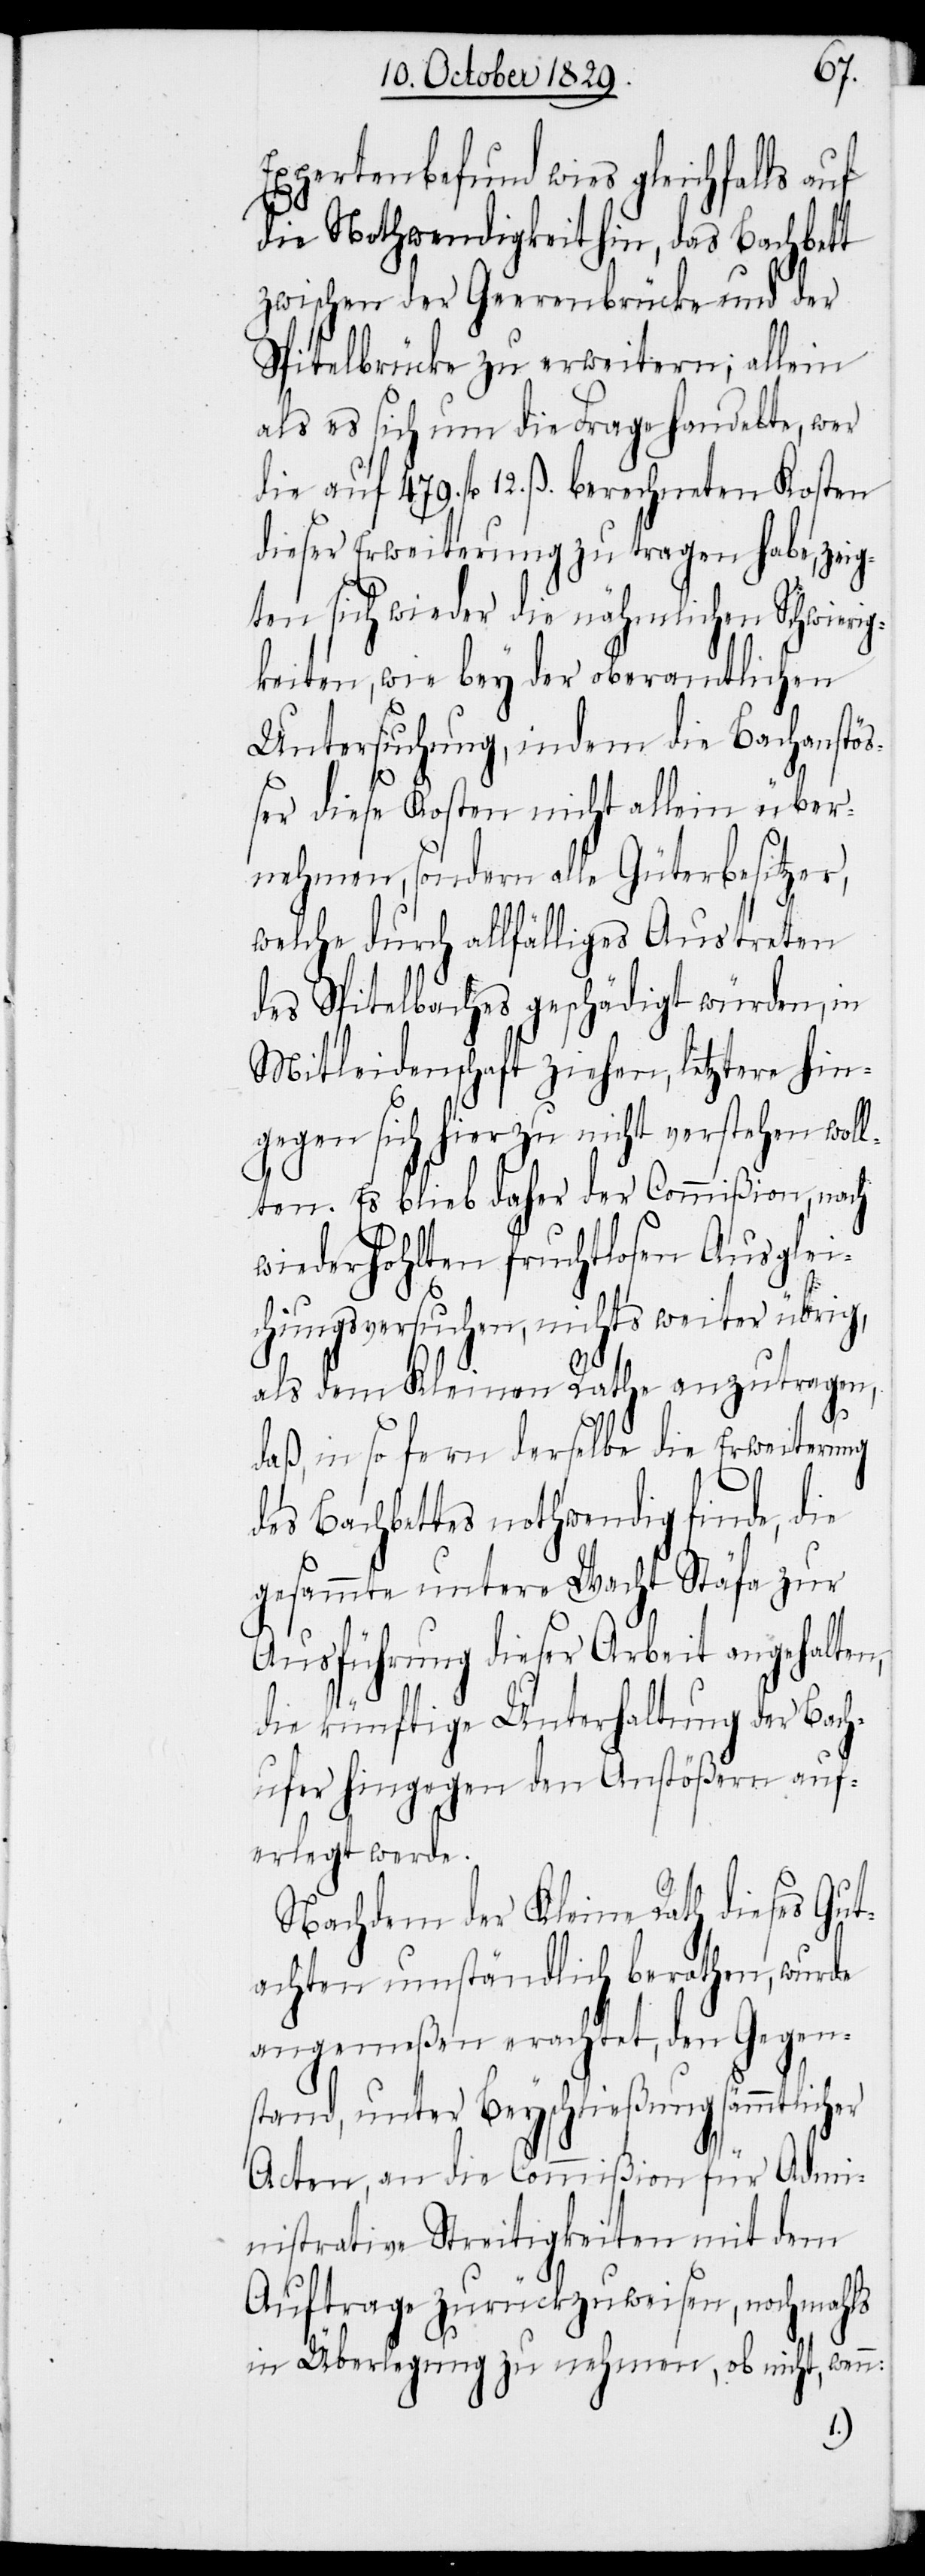
Expertenbefund wies gleichfalls
die Nothwendigkeit hin, das Bachbett
zwischen der Geerenbrücke und der
Spitelbrücke zu erweitern; allein
als es sich um die Frage handelte, wer
die auf 479. fl 12. ß. berechneten Kosten
dieser Erweiterung zu tragen habe, zeig¬
ten sich wieder die nähmlichen Schwieri¬
gkeiten, wie bey der oberamtlichen
Untersuchung, indem die Bachanstö¬
ßer diese Kosten nicht allein über¬
nehmen, sondern alle Güterbesitzer,
welche durch allfälliges Austreten
des Spitelbaches geschädigt würden, in
Mitleidenschaft ziehen, letztere hin¬
gegen sich hierzu nicht verstehen woll¬
ten. Es blieb daher der Commißion, nach
wiederholten fruchtlosen Ausglei¬
chungsversuchen, nichts weiter übrig,
als dem Kleinen Rathe anzutragen,
daß, in so fern derselbe die Erweiterung
des Bachbettes nothwendig finde, die
gesammte untere Wacht Stäfa zur
Ausführung dieser Arbeit angehalten,
die künftige Unterhaltung der Bach¬
ufer hingegen den Anstößern auf¬
erlegt werde.
Nachdem der Kleine Rath dieses Gut¬
achten umständlich berathen, wurde
angemeßen erachtet, den Gegen¬
stand, unter Beyschließung sämmtlich¬
Acten, an die Commißion für admi¬
nistrative Streitigkeiten mit dem
Auftrage zurückzuweisen, nochmahls
in Überlegung zu nehmen, ob nicht, wenn:
er